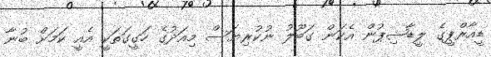
ޑީއާރްޕީގެ ލީޑާޝިޕުން އެކަން ގަބޫލު ނުކުރިޔަސް މިއަދުގެ ހަގީގަތަކީ އެއީ ކަމަށް ބުނާ